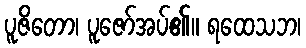
ပူဇိတော၊ ပူဇော်အပ်၏။ ရထေသဘ၊